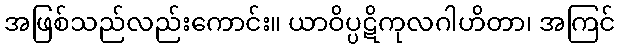
အဖြစ်သည်လည်းကောင်း။ ယာဝိပ္ပဋိကုလဂါဟိတာ၊ အကြင်